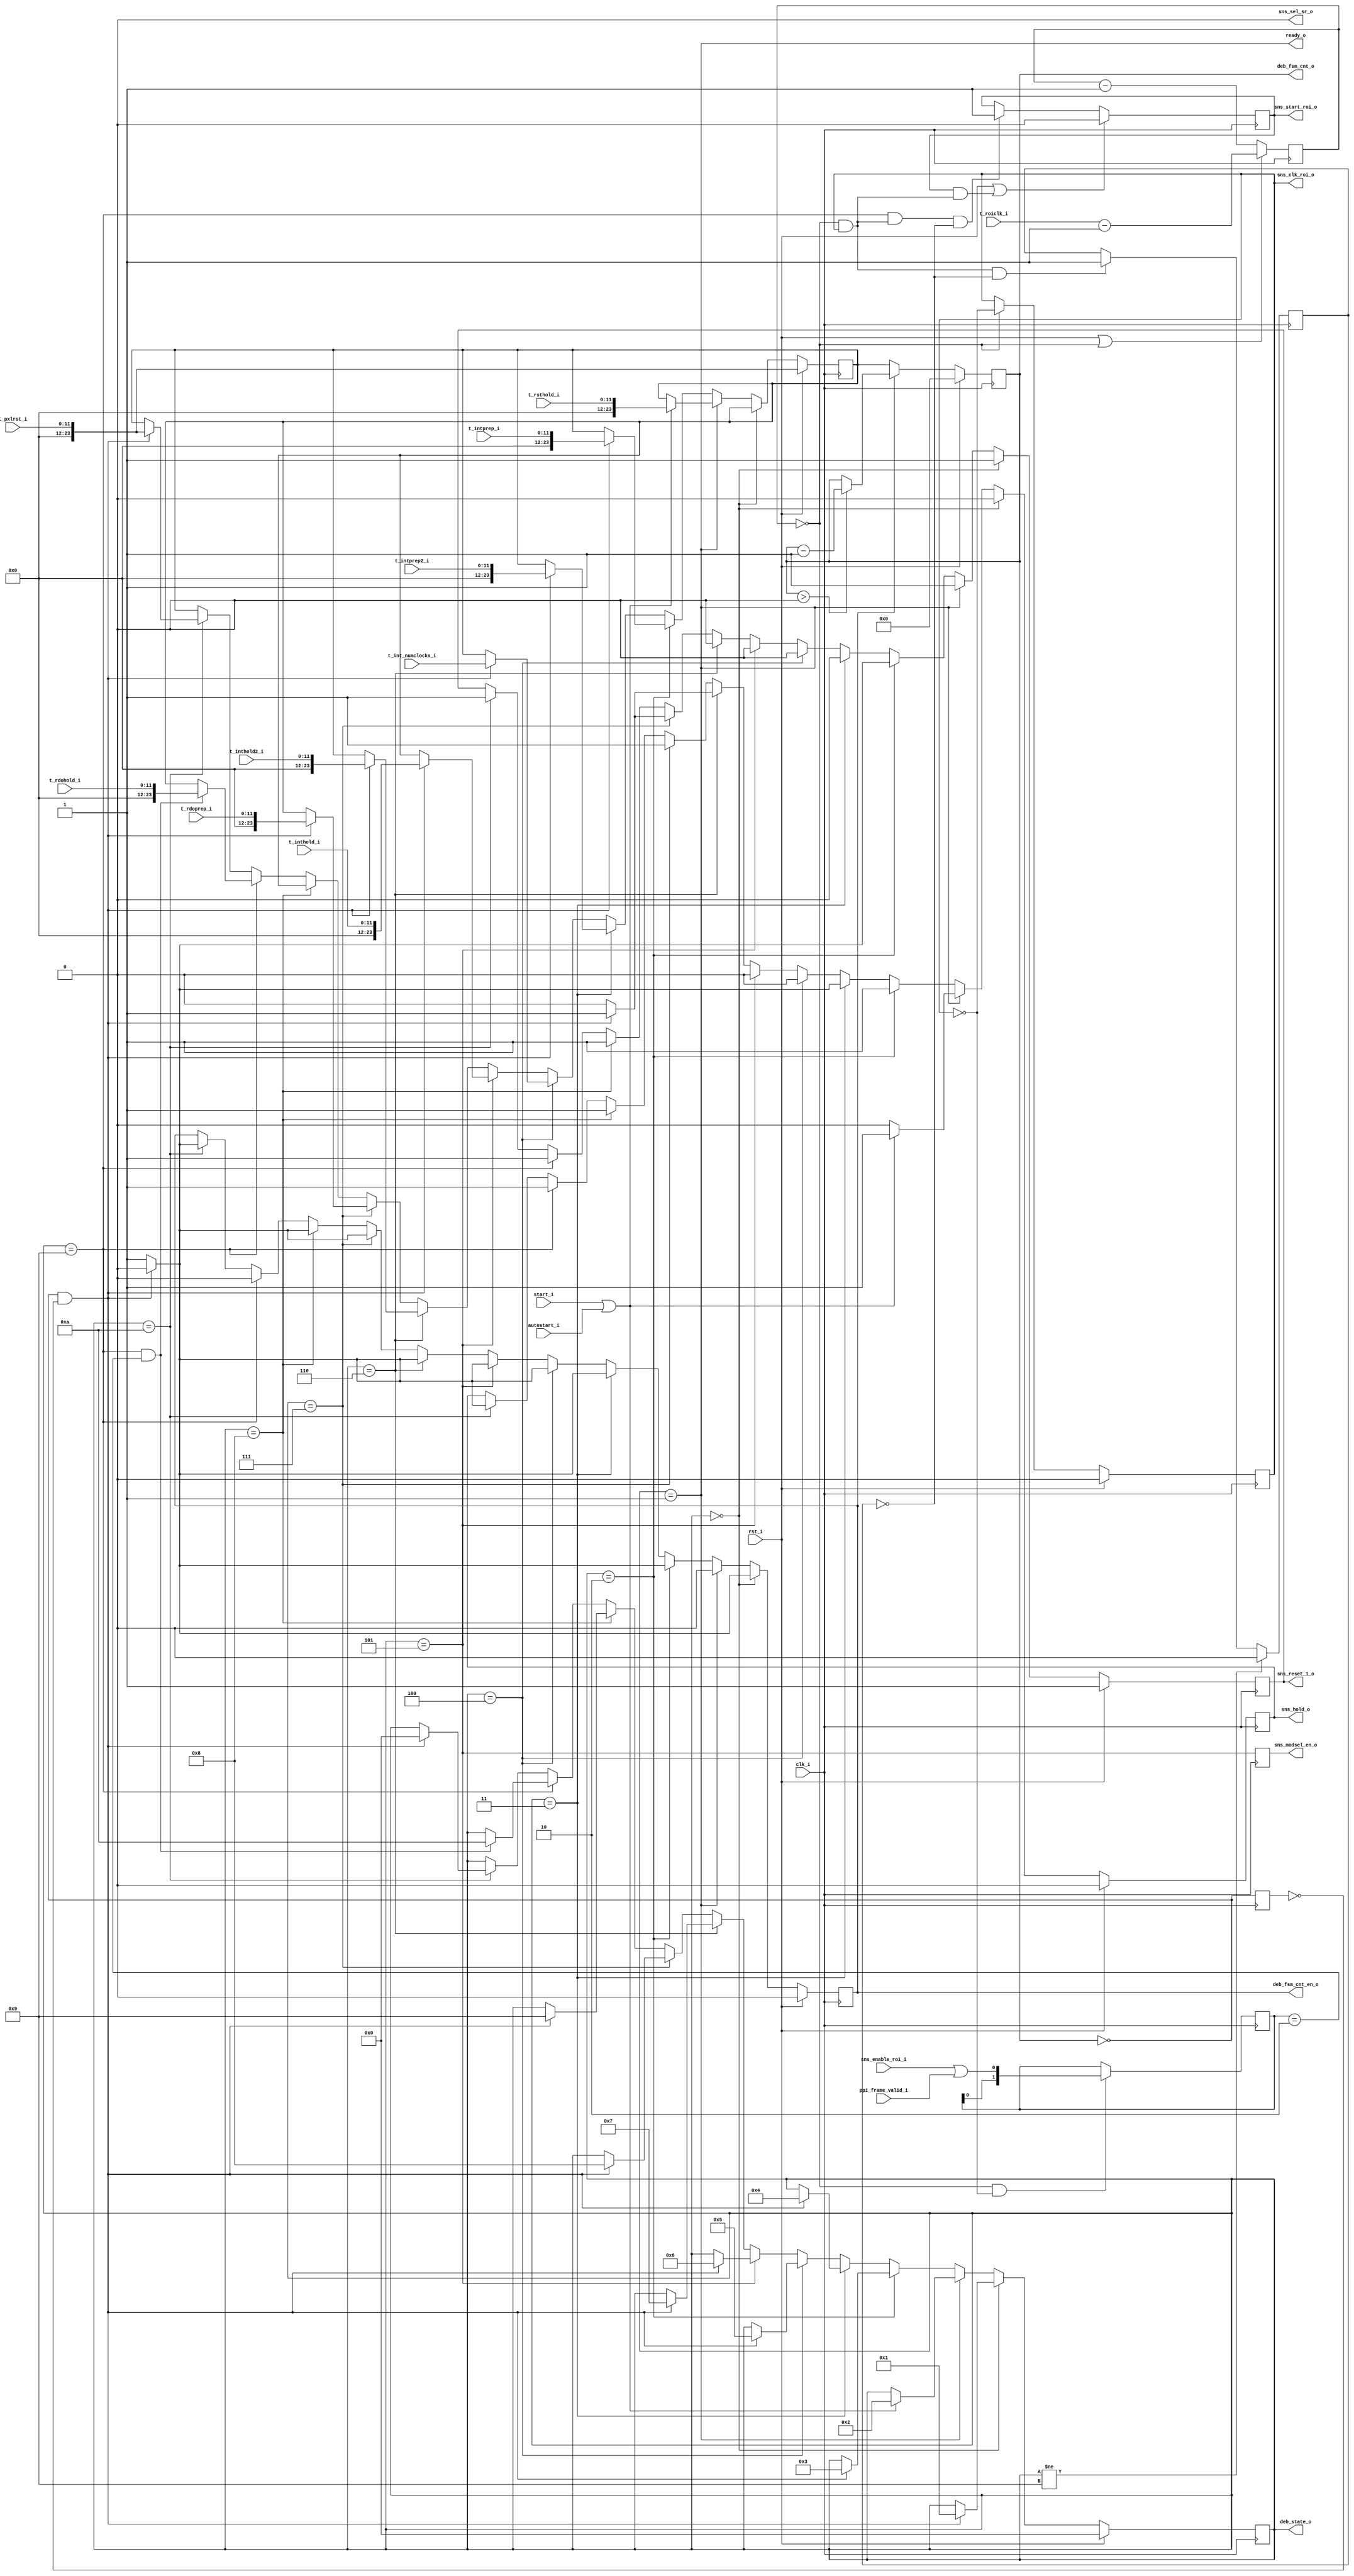
`timescale 1ns / 1ps

module sensor_intf(
    clk_i,
    rst_i,

    start_i,
    autostart_i,
    ready_o,
    
    t_pxlrst_i,
    t_rsthold_i,
    t_intprep_i,
    t_intprep2_i,
    t_inthold_i, 
    t_inthold2_i,
    t_rdoprep_i,
    t_rdohold_i,
    t_roiclk_i,
    t_int_numclocks_i,
    
    sns_reset_1_o,
    sns_hold_o,
    sns_modsel_en_o,
    
    sns_start_roi_o,
    sns_enable_roi_i,
    sns_clk_roi_o,
    sns_sel_sr_o,
    
    ppi_frame_valid_i,
    
    deb_state_o,
    deb_fsm_cnt_o,
    deb_fsm_cnt_en_o
);

// Bit with of timing parameters
localparam integer TIMING_PARAMS_WIDTH = 12;

// Master clock
input                                  clk_i;
// Master reset
input                                  rst_i;

// Start integration-readout cycle. Makes sense only when circuit is ready.
input                                  start_i;
// Autostart signal.
input                                  autostart_i;
// Ready to start signal.
output                                 ready_o;

// Pixel reset duration (with reset_1 = 1 and hold = 0)
input      [TIMING_PARAMS_WIDTH-1:0]   t_pxlrst_i; // t23 = 2us
// Hold duration after reset (with reset_1 = 1 and hold = 1)
input      [TIMING_PARAMS_WIDTH-1:0]   t_rsthold_i; // t25 = 1us
// Prepare duration before integration (with reset_1 = 0 and hold = 1)
input      [TIMING_PARAMS_WIDTH-1:0]   t_intprep_i; // t26 = 1us
// Prepare duration before integration (with reset_1 = 0 and hold = 0)
input      [TIMING_PARAMS_WIDTH-1:0]   t_intprep2_i; // t28 = 1us
// Hold duration after integration (with reset_1 = 0 and hold = 0)
input      [TIMING_PARAMS_WIDTH-1:0]   t_inthold_i; // t29 = 1us
// Hold duration after integration (with reset_1 = 0 and hold = 1)
input      [TIMING_PARAMS_WIDTH-1:0]   t_inthold2_i; // t24 = 1us
// Prepare duration before readout (with reset_1 = 1 and hold = 1)
input      [TIMING_PARAMS_WIDTH-1:0]   t_rdoprep_i; // t27 = 1us
// Hold duration after integration (dmitryh:readout) (with reset_1 = 1 and hold = 1)
input      [TIMING_PARAMS_WIDTH-1:0]   t_rdohold_i; // t31 = 10 us
// ROI Clock period.
input      [TIMING_PARAMS_WIDTH-1:0]   t_roiclk_i;
// Number of modsel pulses.
input      [24-1:0]                    t_int_numclocks_i;

// Sensor modulation signals
output                                 sns_reset_1_o;
output                                 sns_hold_o;
output reg                             sns_modsel_en_o = 0;

// Sensor ROI (Region of Interest) readout signals
output                                 sns_start_roi_o;
input                                  sns_enable_roi_i;
output                                 sns_clk_roi_o;
output                                 sns_sel_sr_o;

input ppi_frame_valid_i;

output [3:0] deb_state_o;
output [24-1:0] deb_fsm_cnt_o;
output deb_fsm_cnt_en_o;
    

//`define STATE_RESET         11'b00000000001
//`define STATE_READY         11'b00000000010
//`define STATE_RESET_DONE    11'b00000000100
//`define STATE_INT_PREPARE   11'b00000001000
//`define STATE_INT_PREPARE2  11'b00000010000
//`define STATE_INTEGRATION   11'b00000100000
//`define STATE_INT_HOLD      11'b00001000000
//`define STATE_INT_HOLD2     11'b00010000000
//`define STATE_RDO_PREPARE   11'b00100000000
//`define STATE_READOUT       11'b01000000000
//`define STATE_RDO_HOLD      11'b10000000000
`define STATE_RESET         4'd0
`define STATE_READY         4'd1
`define STATE_RESET_DONE    4'd2
`define STATE_INT_PREPARE   4'd3
`define STATE_INT_PREPARE2  4'd4
`define STATE_INTEGRATION   4'd5
`define STATE_INT_HOLD      4'd6
`define STATE_INT_HOLD2     4'd7
`define STATE_RDO_PREPARE   4'd8
`define STATE_READOUT       4'd9
`define STATE_RDO_HOLD      4'd10

    //reg [10:0] i_state;
    reg [3:0] i_state;
    assign deb_state_o = i_state;
    
    reg [24-1:0] i_fsm_cnt_load_value;
    
    reg [24-1:0] i_fsm_cnt;
    assign deb_fsm_cnt_o = i_fsm_cnt;
    reg i_fsm_cnt_en;
    assign deb_fsm_cnt_en_o = i_fsm_cnt_en;
    // Timing generator for fsm delays
    always @(posedge clk_i) begin
        if (rst_i)
            i_fsm_cnt <= {TIMING_PARAMS_WIDTH{1'b0}};
        else if (!i_fsm_cnt_en)
            i_fsm_cnt <= i_fsm_cnt_load_value;
        else
            if (i_fsm_cnt > {TIMING_PARAMS_WIDTH{1'b0}}) begin
                i_fsm_cnt <= i_fsm_cnt - 1'b1;
            end
    end
    
    //assign i_fsm_cnt_done = i_fsm_cnt[TIMING_PARAMS_WIDTH-1];//(i_fsm_cnt == {TIMING_PARAMS_WIDTH{1'b0}});
    wire  i_fsm_cnt_zero = (i_fsm_cnt == {TIMING_PARAMS_WIDTH{1'b0}});
    reg i_fsm_cnt_zero_prev = 0;
    always @(posedge clk_i)
        i_fsm_cnt_zero_prev <= i_fsm_cnt_zero;
    wire i_fsm_cnt_done = i_fsm_cnt_zero && !i_fsm_cnt_zero_prev;
    
    
    wire i_rdo_done;
    reg i_sns_reset_1, i_sns_hold;
    
    // Main FSM
    assign ready_o = (i_state == `STATE_READY);

    always @(posedge clk_i) begin

    
        if (rst_i) begin
            
            i_state                  <= `STATE_RESET;
            i_fsm_cnt_load_value     <= t_pxlrst_i;
            i_fsm_cnt_en             <= 1'b0;
            i_sns_reset_1            <= 1'b1;
            i_sns_hold               <= 1'b0;
            
        end else if (i_state == `STATE_RESET) begin // 0
            
            i_fsm_cnt_en             <= 1'b1;
            i_sns_reset_1            <= 1'b1;
            i_sns_hold               <= 1'b0;

            if (i_fsm_cnt_done) begin
                i_state              <= `STATE_READY;
                i_fsm_cnt_en         <= 1'b0;
                i_sns_reset_1        <= 1'b1;
                i_sns_hold           <= 1'b0;
            end
        
        end else if (i_state == `STATE_READY) begin // 1
            
            i_fsm_cnt_en             <= 1'b0;
            i_sns_reset_1            <= 1'b1;
            i_sns_hold               <= 1'b0;

            if (start_i | autostart_i) begin
                i_state              <= `STATE_RESET_DONE;
                i_fsm_cnt_load_value <= t_rsthold_i;
                i_fsm_cnt_en         <= 1'b0;
                i_sns_reset_1        <= 1'b1;
                i_sns_hold           <= 1'b1;
            end

        end else if (i_state == `STATE_RESET_DONE) begin // 2
        
            i_fsm_cnt_en             <= 1'b1;
            i_sns_reset_1            <= 1'b1;
            i_sns_hold               <= 1'b1;

            if (i_fsm_cnt_done) begin
                i_state              <= `STATE_INT_PREPARE;
                i_fsm_cnt_load_value <= t_intprep_i;
                i_fsm_cnt_en         <= 1'b0;
                i_sns_reset_1        <= 1'b0;
                i_sns_hold           <= 1'b1;
            end


        end else if (i_state == `STATE_INT_PREPARE) begin // 3

            i_fsm_cnt_en             <= 1'b1;
            i_sns_reset_1            <= 1'b0;
            i_sns_hold               <= 1'b1;

            if (i_fsm_cnt_done) begin
                i_state              <= `STATE_INT_PREPARE2;
                i_fsm_cnt_load_value <= t_intprep2_i;
                i_fsm_cnt_en         <= 1'b0;
                i_sns_reset_1        <= 1'b0;
                i_sns_hold           <= 1'b0;
            end

        end else if (i_state == `STATE_INT_PREPARE2) begin // 4

            i_fsm_cnt_en             <= 1'b1;
            i_sns_reset_1            <= 1'b0;
            i_sns_hold               <= 1'b0;

            if (i_fsm_cnt_done) begin
                i_state              <= `STATE_INTEGRATION;
                i_fsm_cnt_load_value <= t_int_numclocks_i;
                i_fsm_cnt_en         <= 1'b0;
                i_sns_reset_1        <= 1'b0;
                i_sns_hold           <= 1'b0;
            end

        end else if (i_state == `STATE_INTEGRATION) begin // 5

            i_fsm_cnt_en             <= 1'b1;
            i_sns_reset_1            <= 1'b0;
            i_sns_hold               <= 1'b0;

            if (i_fsm_cnt_done) begin
                i_state              <= `STATE_INT_HOLD;
                i_fsm_cnt_load_value <= t_inthold_i;
                i_fsm_cnt_en         <= 1'b0;
                i_sns_reset_1        <= 1'b0;
                i_sns_hold           <= 1'b0;
            end

        end else if (i_state == `STATE_INT_HOLD) begin // 6

            i_fsm_cnt_en             <= 1'b1;
            i_sns_reset_1            <= 1'b0;
            i_sns_hold               <= 1'b0;

            if (i_fsm_cnt_done) begin
                i_state              <= `STATE_INT_HOLD2;
                i_fsm_cnt_load_value <= t_inthold2_i;
                i_fsm_cnt_en         <= 1'b0;
                i_sns_reset_1        <= 1'b0;
                i_sns_hold           <= 1'b1;
            end

        end else if (i_state == `STATE_INT_HOLD2) begin // 7

            i_fsm_cnt_en             <= 1'b1;
            i_sns_reset_1            <= 1'b0;
            i_sns_hold               <= 1'b1;

            if (i_fsm_cnt_done) begin
                i_state              <= `STATE_RDO_PREPARE;
                i_fsm_cnt_load_value <= t_rdoprep_i;
                i_fsm_cnt_en         <= 1'b0;
                i_sns_reset_1        <= 1'b1;
                i_sns_hold           <= 1'b1;
            end

        end else if (i_state == `STATE_RDO_PREPARE) begin // 8

            i_fsm_cnt_en             <= 1'b1;
            i_sns_reset_1            <= 1'b1;
            i_sns_hold               <= 1'b1;

            if (i_fsm_cnt_done) begin
                i_state              <= `STATE_READOUT;
                i_fsm_cnt_en         <= 1'b0;
                i_sns_reset_1        <= 1'b1;
                i_sns_hold           <= 1'b1;
            end

        end else if (i_state == `STATE_READOUT) begin // 9

            i_fsm_cnt_en             <= 1'b0;
            i_sns_reset_1            <= 1'b1;
            i_sns_hold               <= 1'b1;

            if (i_rdo_done) begin
                i_state              <= `STATE_RDO_HOLD;
                i_fsm_cnt_load_value <= t_rdohold_i;
                i_fsm_cnt_en         <= 1'b0;
                i_sns_reset_1        <= 1'b1;
                i_sns_hold           <= 1'b1;
            end

        end else if (i_state == `STATE_RDO_HOLD) begin // 10

            i_fsm_cnt_en             <= 1'b1;
            i_sns_reset_1            <= 1'b1;
            i_sns_hold               <= 1'b1;

            if (i_fsm_cnt_done) begin
                i_state              <= `STATE_RESET;
                i_fsm_cnt_load_value <= t_pxlrst_i;
                i_fsm_cnt_en         <= 1'b0;
                i_sns_reset_1        <= 1'b1;
                i_sns_hold           <= 1'b0;
            end

        end
    end
    
    assign sns_reset_1_o = i_sns_reset_1;
    assign sns_hold_o    = i_sns_hold;
    

    // Integration process
    
    always @(posedge clk_i) begin
        sns_modsel_en_o <= (i_state == `STATE_INTEGRATION);
    end
    
    // Readout process

    reg  [TIMING_PARAMS_WIDTH-1:0] i_roi_clk_fdcntr;
    reg  i_roi_clk;
    wire i_roi_clk_t, i_roi_clk_re, i_roi_clk_fe;
    
    always @(posedge clk_i) begin
        if (rst_i || i_roi_clk_t)
            i_roi_clk_fdcntr <= t_roiclk_i-1;
        else
            i_roi_clk_fdcntr <= i_roi_clk_fdcntr - 1'b1;
        
        if (rst_i)
            i_roi_clk <= 1'b0;
        else if (i_roi_clk_t)
            i_roi_clk <= !i_roi_clk;
    end
    assign i_roi_clk_t = (i_roi_clk_fdcntr == {TIMING_PARAMS_WIDTH{1'b0}});
    assign i_roi_clk_fe = (i_roi_clk_t && i_roi_clk);
    assign i_roi_clk_re = (i_roi_clk_t && !i_roi_clk);
    
    reg  i_roi_start, i_roi_cycle;
    reg  [1:0] i_roi_enable;
    wire i_rdo_start;

    assign i_rdo_start = (i_state == `STATE_READOUT && i_roi_clk_fe && !i_roi_cycle);
    
    wire composite_frame_valid = sns_enable_roi_i | ppi_frame_valid_i;

    always @(posedge clk_i) begin

        if (i_state != `STATE_READOUT)
            i_roi_cycle <= 1'b0;
        else if (i_roi_clk_fe && !i_roi_cycle)
            i_roi_cycle <= 1'b1;
            
        if (rst_i || (i_roi_start && i_roi_clk_fe))
            i_roi_start <= 1'b0;
        else if (i_rdo_start)
            i_roi_start <= 1'b1;
        
        if (i_roi_clk_re)
            i_roi_enable[1:0] <= {i_roi_enable[0], composite_frame_valid};
    end
    
    assign i_rdo_done = ((i_state == `STATE_READOUT) && (i_roi_enable == 2'b10));
    
    assign sns_start_roi_o = i_roi_start;
    assign sns_clk_roi_o = i_roi_clk;
    assign sns_sel_sr_o = 1'b0;
    

endmodule